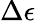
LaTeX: \Delta\epsilon